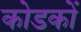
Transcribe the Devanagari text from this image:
कोडकों